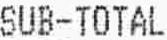
SUB-TOTAL